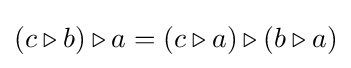
(c\triangleright b)\triangleright a=(c\triangleright a)\triangleright (b\triangleright a)